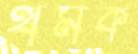
থমক